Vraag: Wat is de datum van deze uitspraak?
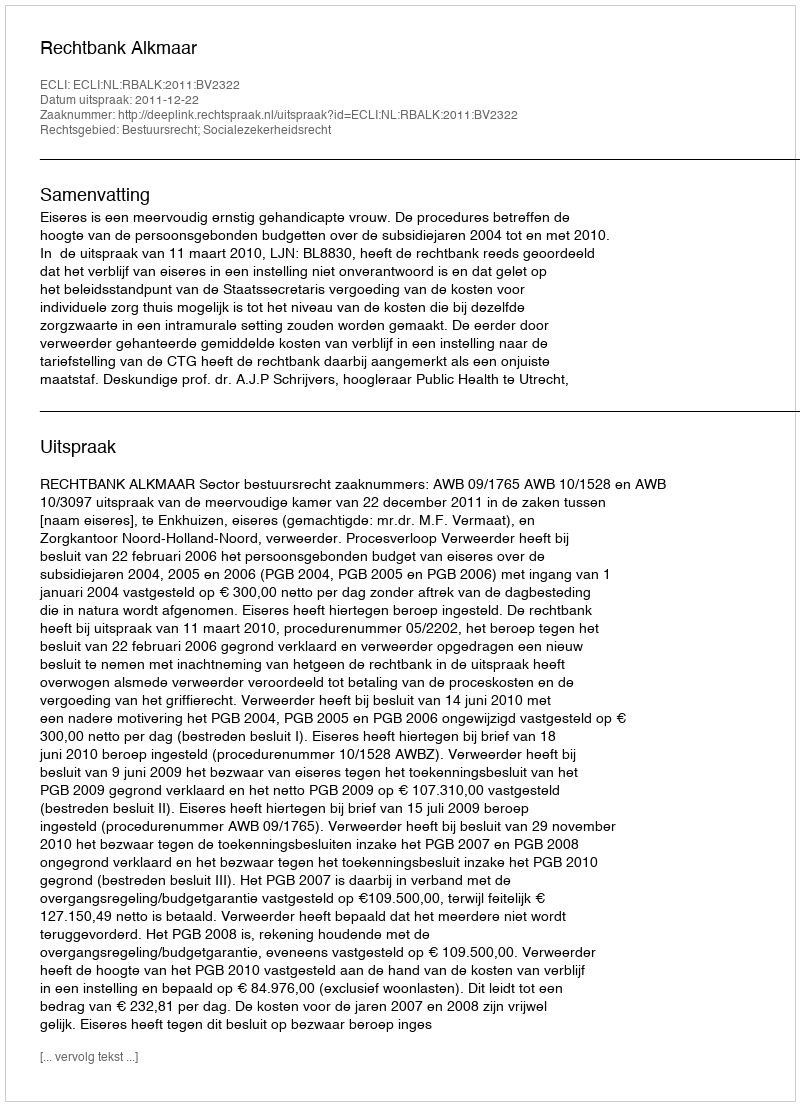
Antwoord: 2011-12-22